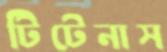
টিটেনাস